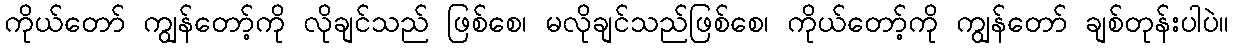
ကိုယ်တော် ကျွန်တော့်ကို လိုချင်သည် ဖြစ်စေ၊ မလိုချင်သည်ဖြစ်စေ၊ ကိုယ်တော့်ကို ကျွန်တော် ချစ်တုန်းပါပဲ။